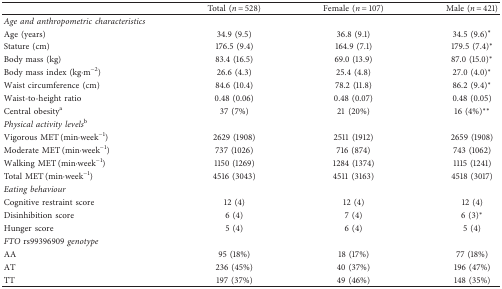
|  | Total (n = 528) | Female (n = 107) | Male (n = 421) |
 | --- | --- | --- | --- |
 | Age and anthropometric characteristics |  |  |  |
 | Age (years) | 34.9 (9.5) | 36.8 (9.1) | 34.5 (9.6)∗ |
 | Stature (cm) | 176.5 (9.4) | 164.9 (7.1) | 179.5 (7.4)∗ |
 | Body mass (kg) | 83.4 (16.5) | 69.0 (13.9) | 87.0 (15.0)∗ |
 | Body mass index (kg·m−2) | 26.6 (4.3) | 25.4 (4.8) | 27.0 (4.0)∗ |
 | Waist circumference (cm) | 84.6 (10.4) | 78.2 (11.8) | 86.2 (9.4)∗ |
 | Waist-to-height ratio | 0.48 (0.06) | 0.48 (0.07) | 0.48 (0.05) |
 | Central obesitya | 37 (7%) | 21 (20%) | 16 (4%)∗∗ |
 | Physical activity levelsb |  |  |  |
 | Vigorous MET (min·week−1) | 2629 (1908) | 2511 (1912) | 2659 (1908) |
 | Moderate MET (min·week−1) | 737 (1026) | 716 (874) | 743 (1062) |
 | Walking MET (min·week−1) | 1150 (1269) | 1284 (1374) | 1115 (1241) |
 | Total MET (min·week−1) | 4516 (3043) | 4511 (3163) | 4518 (3017) |
 | Eating behaviour |  |  |  |
 | Cognitive restraint score | 12 (4) | 12 (4) | 12 (4) |
 | Disinhibition score | 6 (4) | 7 (4) | 6 (3)∗ |
 | Hunger score | 5 (4) | 6 (4) | 5 (4) |
 | FTO rs99396909 genotype |  |  |  |
 | AA | 95 (18%) | 18 (17%) | 77 (18%) |
 | AT | 236 (45%) | 40 (37%) | 196 (47%) |
 | TT | 197 (37%) | 49 (46%) | 148 (35%) |